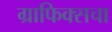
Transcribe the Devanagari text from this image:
ग्राफिक्सचा